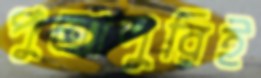
পুরোপুরিই